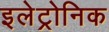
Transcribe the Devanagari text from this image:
इलेट्रोनिक